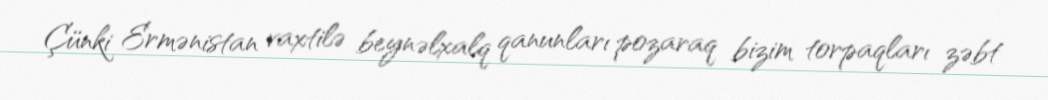
Çünki Ermənistan vaxtilə beynəlxalq qanunları pozaraq bizim torpaqları zəbt